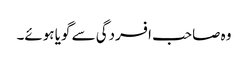
وہ صاحب افسردگی سے گویا ہوئے۔